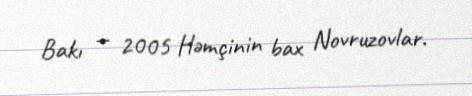
Bakı — 2005 Həmçinin bax Novruzovlar.